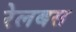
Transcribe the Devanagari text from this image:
रेलबस